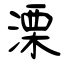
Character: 溧